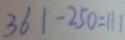
3 6 1 - 2 5 0 = 1 1 1